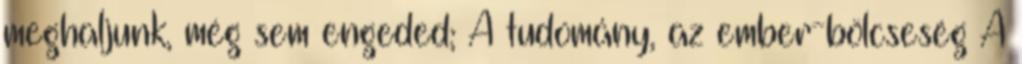
meghaljunk, még sem engeded; A tudomány, az ember-bölcseség A